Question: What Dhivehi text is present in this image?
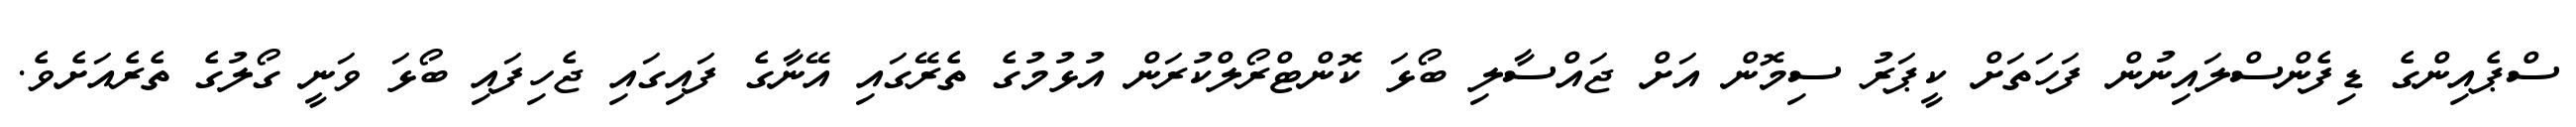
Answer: ސްޕެއިންގެ ޑިފެންސްލައިނުން ފަހަތަށް ކީޕަރު ސިމޮން އަށް ޖައްސާލި ބޯޅަ ކޮންޓްރޯލްކުރަން އުޅުމުގެ ތެރޭގައި އޭނާގެ ފައިގައި ޖެހިފައި ބޯޅަ ވަނީ ގޯލުގެ ތެރެއަށެވެ.